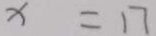
x = 1 7